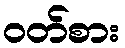
ဝတ်စား